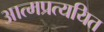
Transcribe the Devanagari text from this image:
आत्मप्रत्ययित